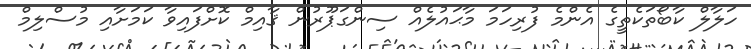
ހަލާލް ކާބޯތަކެތީގެ އެންމެ ފުރިހަމަ މާޙައުލެއް ސިންގަޕޫރުން ޤާއިމް ކޮށްފައިވާ ކަމަށާއި މުސްލިމް